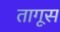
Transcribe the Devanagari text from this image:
तागूस